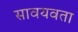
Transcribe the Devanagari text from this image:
सावयवता